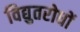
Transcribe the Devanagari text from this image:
विद्युतरोधों